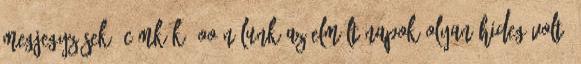
megjegyzések: Címkék: oo-nálunk Az elmúlt napok Olyan hideg volt,